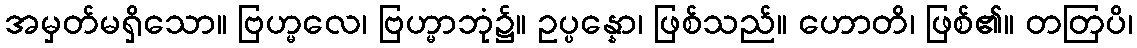
အမှတ်မရှိသော။ ဗြဟ္မလေ၊ ဗြဟ္မာဘုံ၌။ ဥပ္ပန္နော၊ ဖြစ်သည်။ ဟောတိ၊ ဖြစ်၏။ တတြပိ၊